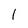
Character: l